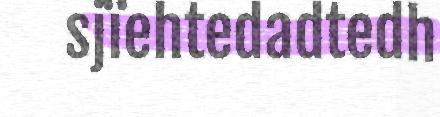
sjïehtedadtedh